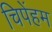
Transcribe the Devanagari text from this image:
चिपेंहम